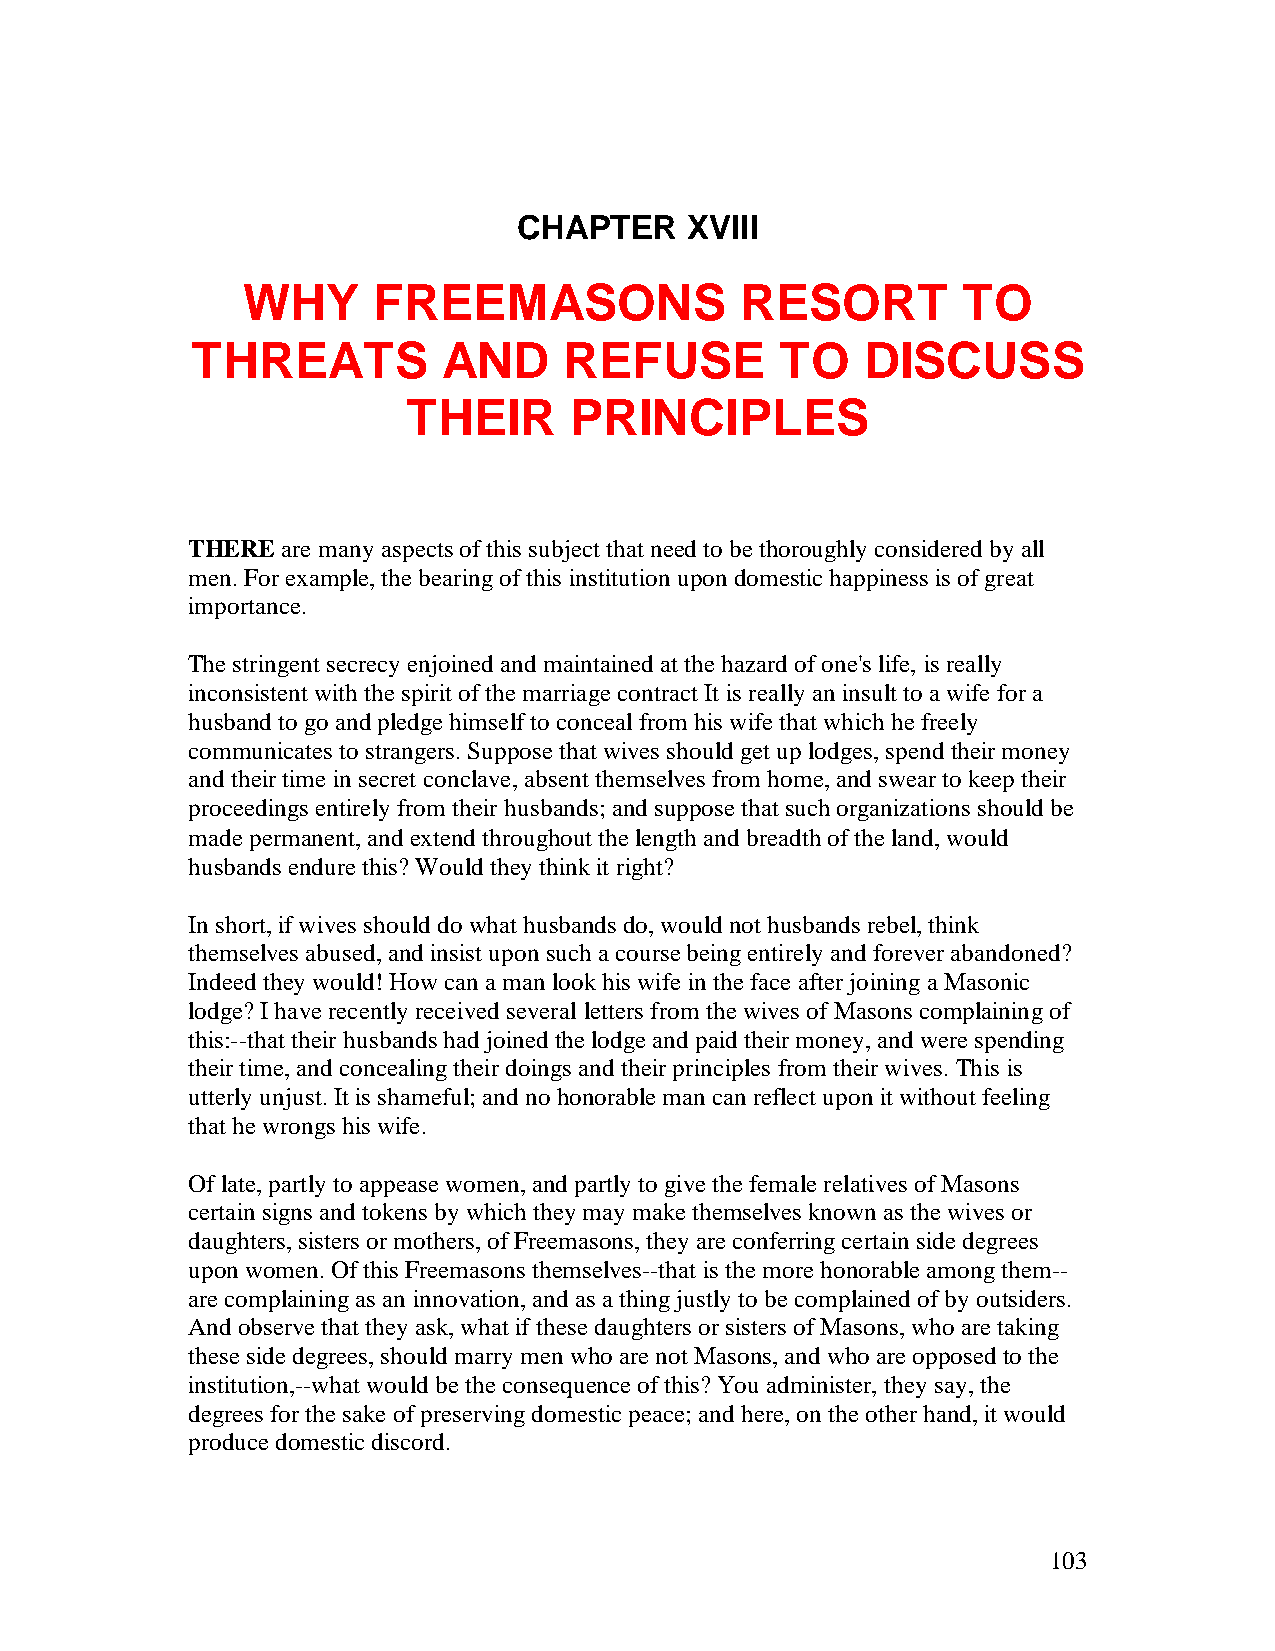
CHAPTER    XVIII
 WHY      FREEMASONS              RESORT         TO
 THREATS         AND     REFUSE         TO   DISCUSS
 THEIR      PRINCIPLES
 THERE  are many aspects of this subject that need to be thoroughly considered by all
 men. For example, the bearing of this institution upon domestic happiness is of great
 importance.
 The stringent secrecy enjoined and maintained at the hazard of one's life, is really
 inconsistent with the spirit of the marriage contract It is really an insult to a wife for a
 husband to go and pledge himself to conceal from his wife that which he freely
 communicates to strangers. Suppose that wives should get up lodges, spend their money
 and their time in secret conclave, absent themselves from home, and swear to keep their
 proceedings entirely from their husbands; and suppose that such organizations should be
 made permanent, and extend throughout the length and breadth of the land, would
 husbands endure this? Would they think it right?
 In short, if wives should do what husbands do, would not husbands rebel, think
 themselves abused, and insist upon such a course being entirely and forever abandoned?
 Indeed they would! How can a man look his wife in the face after joining a Masonic
 lodge? I have recently received several letters from the wives of Masons complaining of
 this:--that their husbands had joined the lodge and paid their money, and were spending
 their time, and concealing their doings and their principles from their wives. This is
 utterly unjust. It is shameful; and no honorable man can reflect upon it without feeling
 that he wrongs his wife.
 Of late, partly to appease women, and partly to give the female relatives of Masons
 certain signs and tokens by which they may make themselves known as the wives or
 daughters, sisters or mothers, of Freemasons, they are conferring certain side degrees
 upon women. Of this Freemasons themselves--that is the more honorable among them--
 are complaining as an innovation, and as a thing justly to be complained of by outsiders.
 And observe that they ask, what if these daughters or sisters of Masons, who are taking
 these side degrees, should marry men who are not Masons, and who are opposed to the
 institution,--what would be the consequence of this? You administer, they say, the
 degrees for the sake of preserving domestic peace; and here, on the other hand, it would
 produce domestic discord.
 103